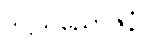
ဒိဋ္ဌိသညောဇနံ